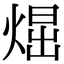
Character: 𤋪